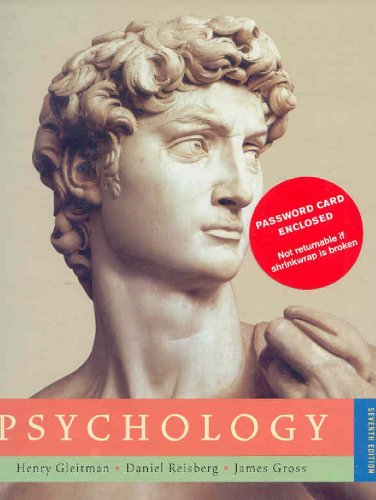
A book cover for Psychology (Seventh Edition); Henry Gleitman; Medical Books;